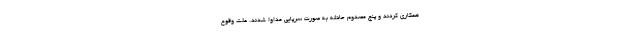
همکاری کردند و پنج مصدوم حادثه به صورت سرپایی مداوا شدند. علت وقوع